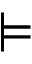
\vDash